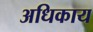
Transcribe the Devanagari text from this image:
अधिकाय